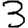
Digit: 3